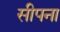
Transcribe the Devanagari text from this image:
सीपना